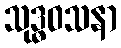
သုဒ္ဓဝသနာ